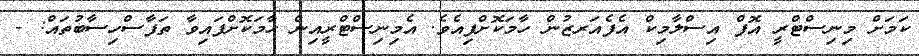
ކަމަށް މިނިސްޓްރީ އޮފް އިސްލާމިކް އެފެއަރޒުން ހާމަކޮށްފިއެވެ. އެމިނިސްޓްރީއިން ހާމަކޮށްފައިވާ ތަފާސްހިސާބުތައް: -